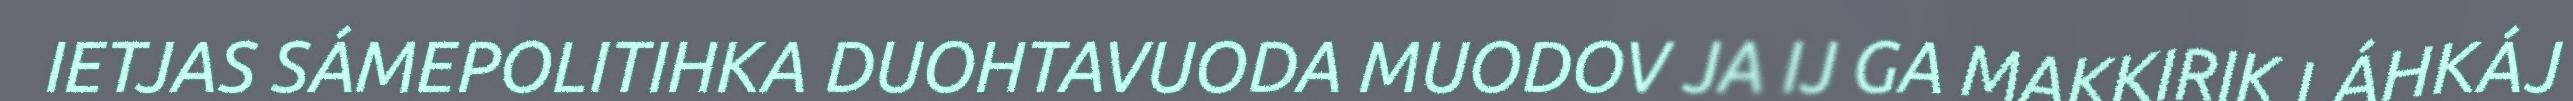
IETJAS SÁMEPOLITIHKA DUOHTAVUODA MUODOV JA IJ GA MAKKIRIK LÁHKÁJ